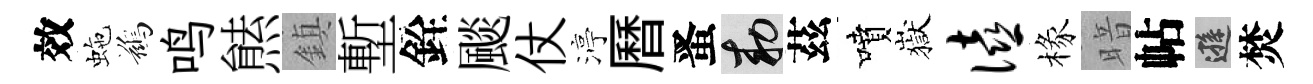
效虵鷀鸣㷱鎮塹銓颷仗渟曆󱉠敕茲噴嶽僖椽暗帖遜焚